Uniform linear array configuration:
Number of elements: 16
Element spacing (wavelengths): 0.25
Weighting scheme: exponential
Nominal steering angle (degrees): -45
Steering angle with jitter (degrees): -45.684
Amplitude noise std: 0.05
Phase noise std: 0.05

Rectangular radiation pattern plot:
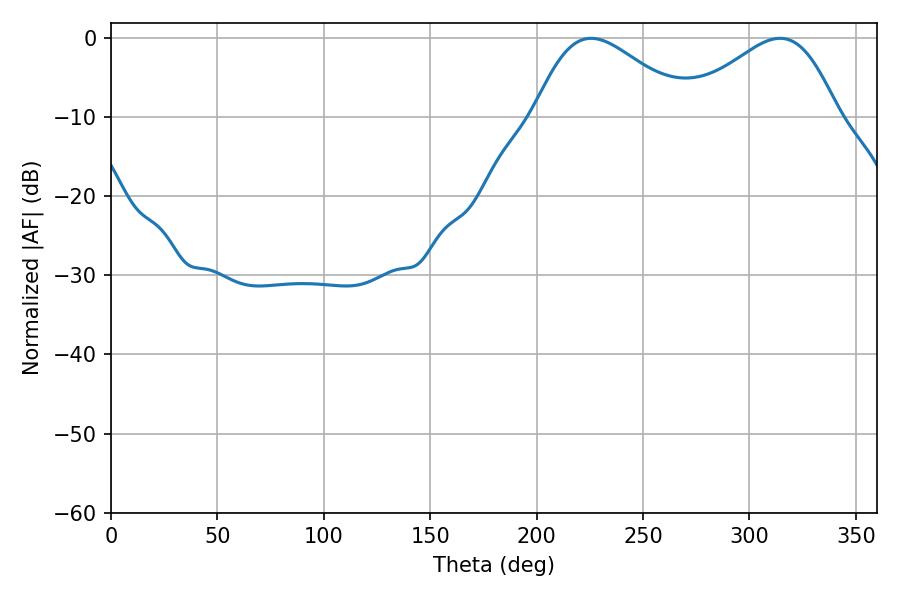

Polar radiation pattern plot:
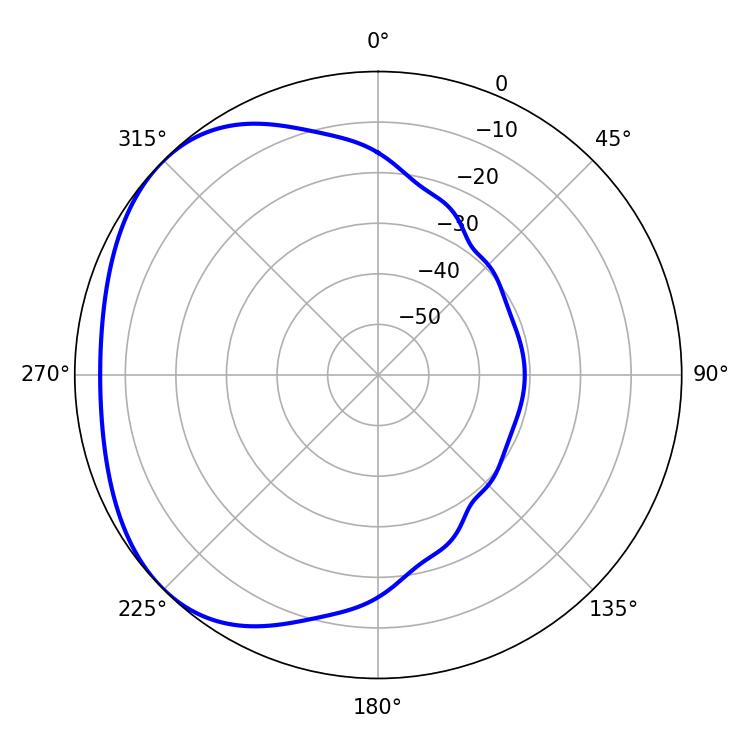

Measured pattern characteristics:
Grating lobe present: FALSE
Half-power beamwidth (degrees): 38.34
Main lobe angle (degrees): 225.54